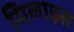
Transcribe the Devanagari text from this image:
मिलाइस